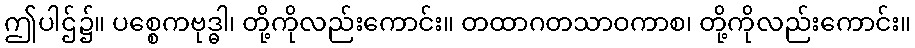
ဤပါဌ်၌။ ပစ္စေကဗုဒ္ဓါ၊ တို့ကိုလည်းကောင်း။ တထာဂတသာဝကာစ၊ တို့ကိုလည်းကောင်း။